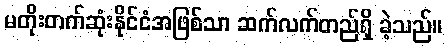
မတိုးတက်ဆုံးနိုင်ငံအဖြစ်သာ ဆက်လက်တည်ရှိ ခဲ့သည်။